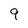
Character: 9